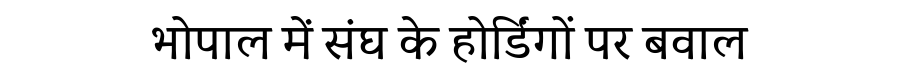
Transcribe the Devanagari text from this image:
भोपाल में संघ के होर्डिंगों पर बवाल